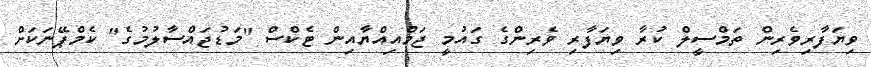
ވިޔަފާރިވެރިން ތަމްސީލް ކުރާ ވިޔަފާރި ވެރިންގެ ގައުމީ ޖަމްއިއްޔާއިން ޓެކްސް "މަޑުޖައްސާލުމުގެ" ކެމްޕޭނަކަށް